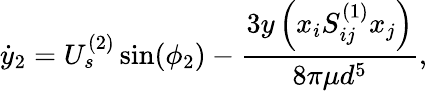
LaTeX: \dot{y}_{2}=U_{s}^{(2)}\sin(\phi_{2})-\frac{3y\left(x_{i}S_{ij}^{(1)}x_{j}\right)}{8\pi\mu d^{5}},